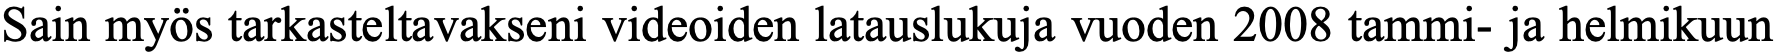
Sain myös tarkasteltavakseni videoiden latauslukuja vuoden 2008 tammi- ja helmikuun